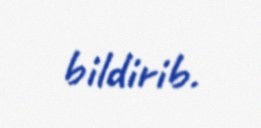
bildirib.